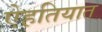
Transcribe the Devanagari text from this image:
ऐहतियात